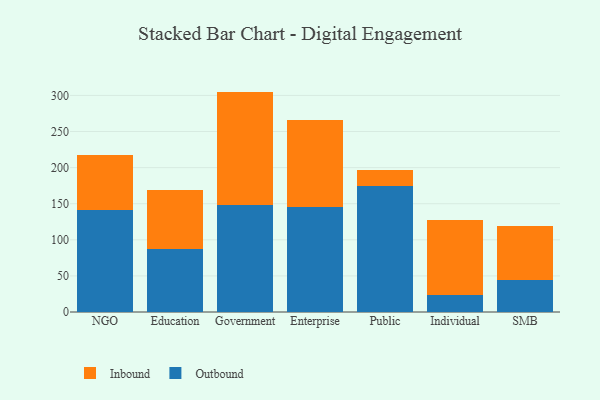
{"axis": {"x": "Segment", "y": "Website Visitors"}, "legend": ["Inbound", "Outbound"], "data": [{"x": "NGO", "y": 141.4, "type": "Outbound"}, {"x": "NGO", "y": 76.0, "type": "Inbound"}, {"x": "Education", "y": 87.4, "type": "Outbound"}, {"x": "Education", "y": 81.8, "type": "Inbound"}, {"x": "Government", "y": 148.8, "type": "Outbound"}, {"x": "Government", "y": 156.5, "type": "Inbound"}, {"x": "Enterprise", "y": 145.3, "type": "Outbound"}, {"x": "Enterprise", "y": 120.1, "type": "Inbound"}, {"x": "Public", "y": 174.8, "type": "Outbound"}, {"x": "Public", "y": 22.5, "type": "Inbound"}, {"x": "Individual", "y": 23.5, "type": "Outbound"}, {"x": "Individual", "y": 103.6, "type": "Inbound"}, {"x": "SMB", "y": 44.8, "type": "Outbound"}, {"x": "SMB", "y": 73.7, "type": "Inbound"}]}